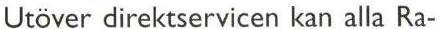
Utöver direktservicen kan alla Ra-